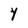
Character: y